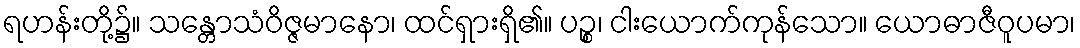
ရဟန်းတို့၌။ သန္တောသံဝိဇ္ဇမာနော၊ ထင်ရှားရှိ၏။ ပဉ္စ၊ ငါးယောက်ကုန်သော။ ယောဓာဇီဝူပမာ၊